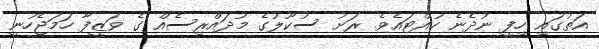
އަތުގައި ހިފީ ނުދެނެ ހުއްޓައެވެ. ރަށު ސުކޫލުގެ މުދައްރިސެއް ގެ ވަޒީފާ ހަމަޖެހުނީ